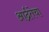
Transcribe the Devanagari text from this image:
आर्द्रतेचा